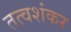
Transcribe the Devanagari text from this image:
तत्वशंकर